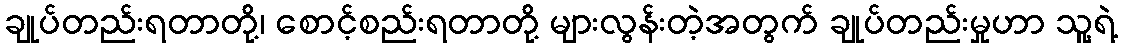
ချုပ်တည်းရတာတို့၊ စောင့်စည်းရတာတို့ များလွန်းတဲ့အတွက် ချုပ်တည်းမှုဟာ သူ့ရဲ့